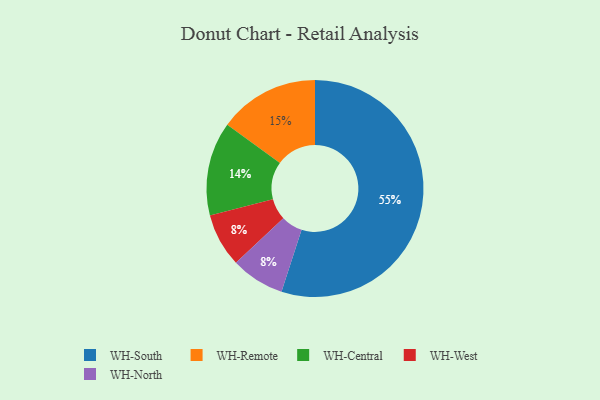
{"axis": {"x": "Category", "y": "Percentage"}, "legend": ["WH-Central", "WH-North", "WH-Remote", "WH-South", "WH-West"], "data": [{"x": "WH-West", "y": 8, "type": "WH-West"}, {"x": "WH-Central", "y": 14, "type": "WH-Central"}, {"x": "WH-South", "y": 55, "type": "WH-South"}, {"x": "WH-North", "y": 8, "type": "WH-North"}, {"x": "WH-Remote", "y": 15, "type": "WH-Remote"}]}